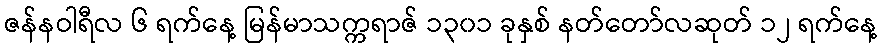
ဇန်နဝါရီလ ၆ ရက်နေ့ မြန်မာသက္ကရာဇ် ၁၃၀၁ ခုနှစ် နတ်တော်လဆုတ် ၁၂ ရက်နေ့